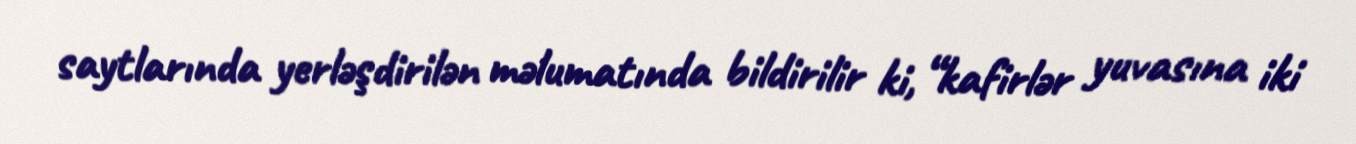
saytlarında yerləşdirilən məlumatında bildirilir ki, “kafirlər yuvasına iki